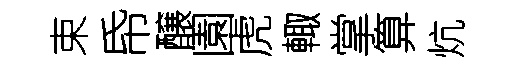
束帋醸園虎輙掌算炕